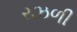
રઝળી